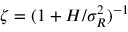
\zeta = ( 1 + H / \sigma _ { R } ^ { 2 } ) ^ { - 1 }